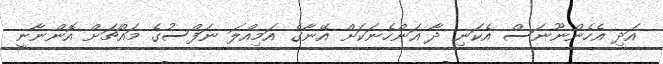
އަދި އެހެންނޫނަސް އެކަނި ދާ އަންހެނަކަށް އޭނާގެ އަމިއްލަ ނަފްސުގެ މައްޗަށް އޮންނާނީ